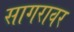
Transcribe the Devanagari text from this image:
सागरावर